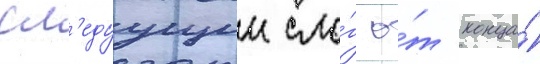
сл'едуущии сло́г о́т конца́